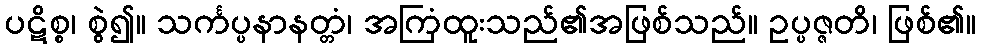
ပဋိစ္စ၊ စွဲ၍။ သင်္ကပ္ပနာနတ္တံ၊ အကြံထူးသည်၏အဖြစ်သည်။ ဥပ္ပဇ္ဇတိ၊ ဖြစ်၏။